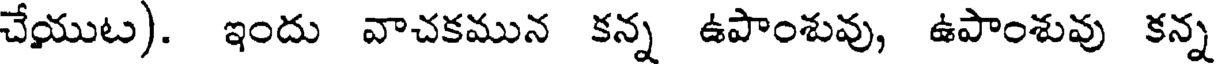
చేయుట). ఇందు వాచకమున కన్న ఉపాంశువు, ఉపాంశువు కన్న